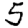
Digit: 5